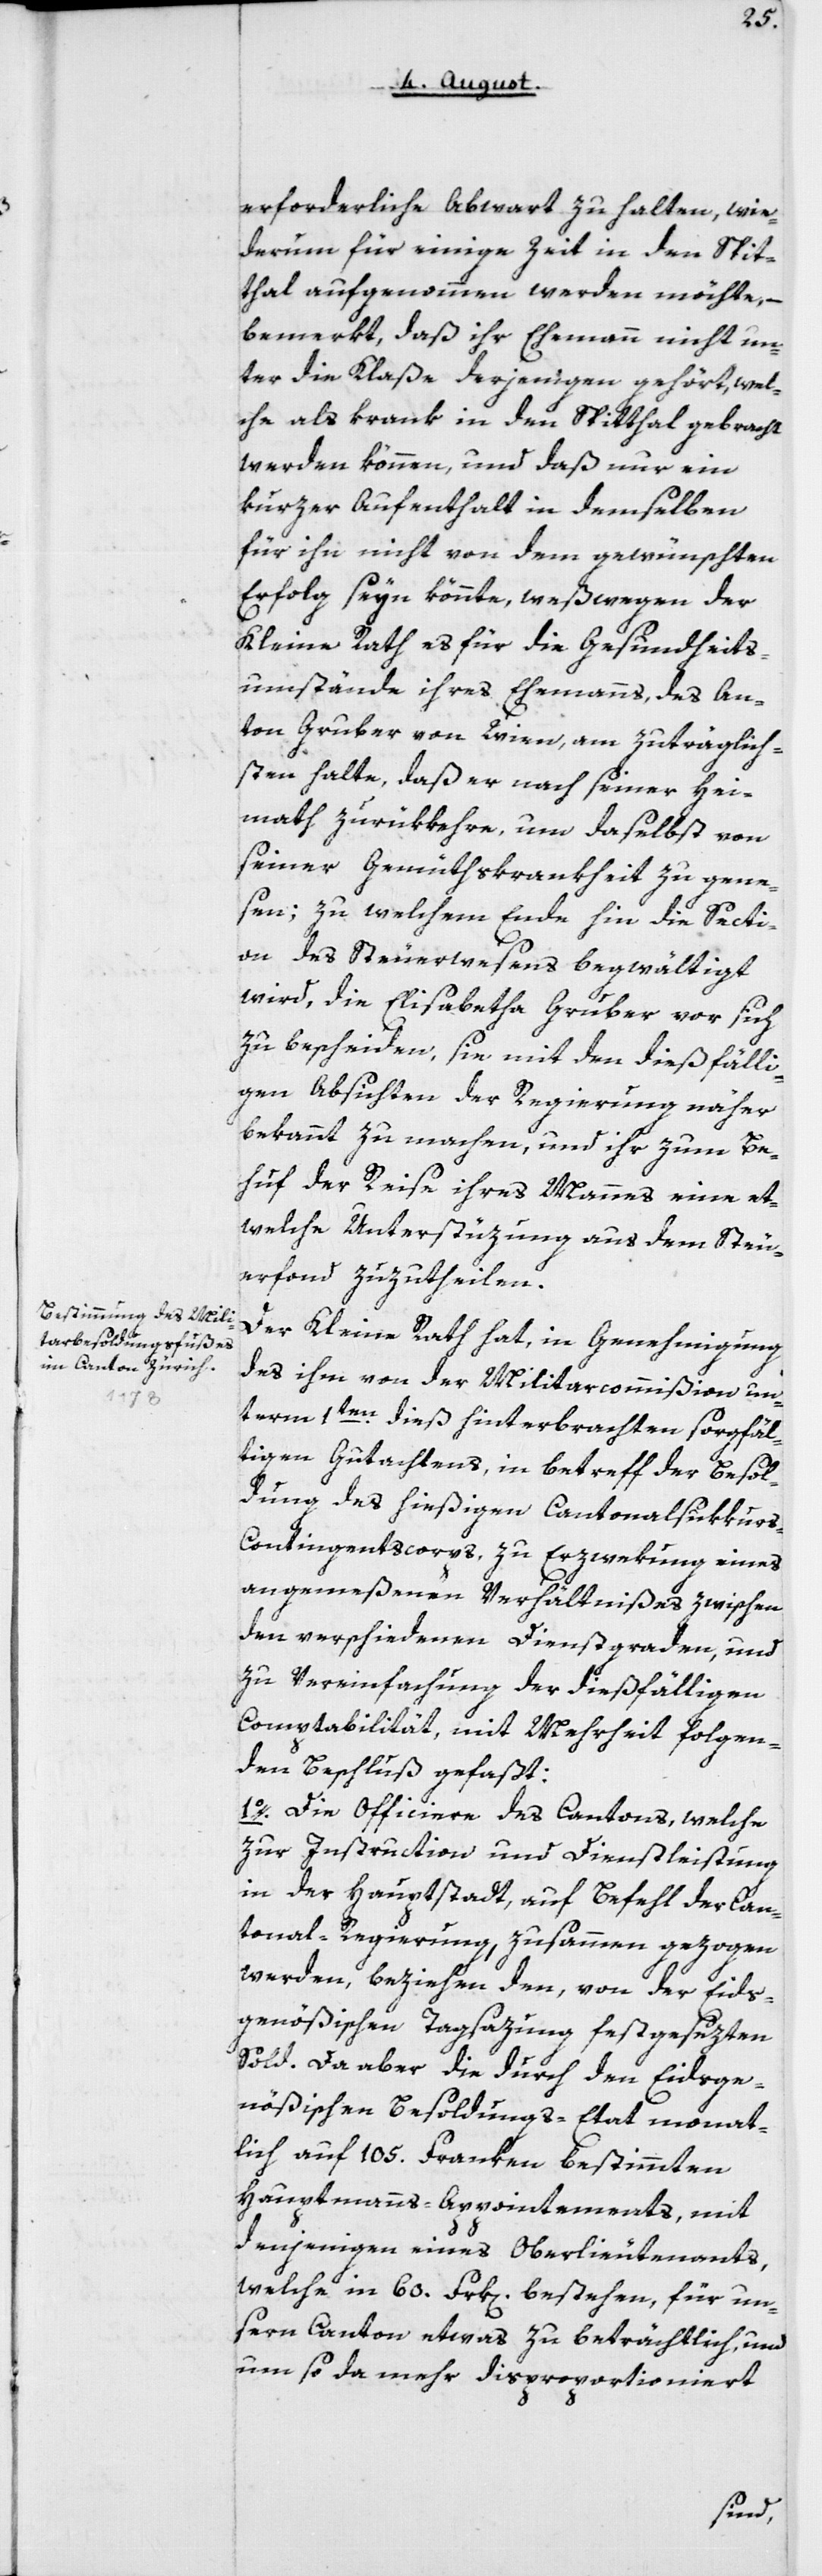
erforderliche Abwart zu halten, wie¬
derum für einige Zeit in den Spit¬
thal aufgenommen werden möchte, –
bemerkt, daß ihr Ehemann nicht un¬
ter die Klaße derjenigen gehört, wel¬
che als krank in den Spitthal gebracht
werden können, und daß nur ein
kurzer Aufenthalt in demselben
für ihn nicht von dem gewünschten
Erfolg seyn könnte, weswegen der
Kleine Rath es für die Gesundheits¬
umstände ihres Ehemanns, des An¬
ton Gruber von Wien, am zuträglich¬
sten halte, daß er nach seiner Hei¬
mat zurükkehre, um daselbst von
seiner Gemüthskrankheit zu gene¬
sen; zu welchem Ende hin die Secti¬
on des Steuerwesens begwältigt
wird, die Elisabetha Gruber vor sich
zu bescheiden, sie mit den diesfälli¬
gen Absichten der Regierung näher
bekannt zu machen, und ihr zum Be¬
huf der Reise ihres Mannes eine et¬
welche Unterstüzung aus dem Steu¬
erfond zuzutheilen.
Der Kleine Rath hat, in Genehmigung
des ihm von der Militarcommißion un¬
term 1ten dieß hinterbrachten sorgfäl¬
tigen Gutachtens, in Betreff der Besol¬
dung des hießigen Cantonalsukkurs¬
kontingents-Corps zu Erzwekung eines
angemeßenen Verhältnißes zwischen
den verschiedenen Dienstgraden, und
zu Vereinfachung der dießfälligen
Comptabilität, mit Mehrheit folgen¬
den Beschluß gefaßt:
1o. Die Officiere des Cantons, welche
zur Instruction und Dienstleistung
in der Hauptstadt, auf Befehl der Can¬
tonal-Regierung, zusammen gezogen
werden, beziehen den, von der Eids¬
genößischen Tagsazung festgesezten
Sold. Da aber die durch den Eidsge¬
nößischen Besoldungs-Etat monat¬
lich auf 105 Franken bestimmten
Hauptmanns-Appointements, mit
denjenigen eines Oberlieutenants,
welche in 60 Frk[en] bestehen, für un¬
sern Canton etwas zu beträchtlich, und
um so da mehr disproportioniert